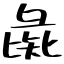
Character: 彘